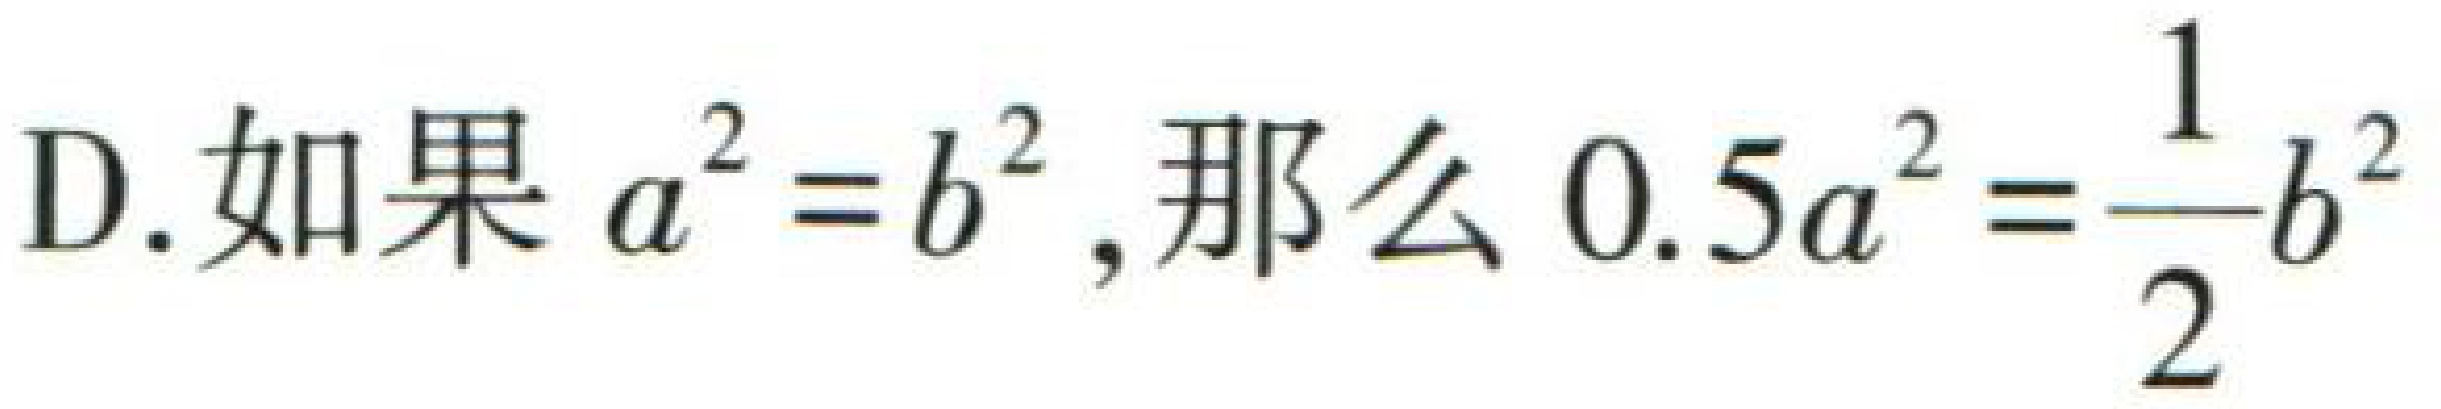
D.如果 \(a^{2}=b^{2}\) ,那么 \(0.5a^{2}=\dfrac{1}{2}b^{2}\)